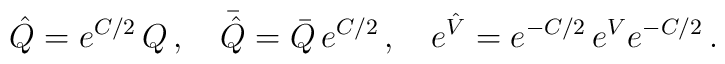
\hat Q={ e}^{C/2}\, Q \,,\quad\bar {\hat Q}=  \bar Q \,{ e}^{C/2}\,,\quad{ e}^{\hat V}={e}^{-C/2}\,{ e}^{ V}{e}^{-C/2}\,.